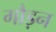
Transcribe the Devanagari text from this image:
गौड़न